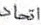
اتحاد